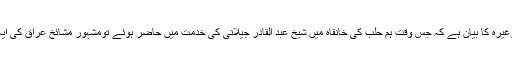
(قلائد الجواہر صفحہ55)چنانچہ ایسا ہی ہوا، حافظ ابو العز عبد المغیث وغیرہ کا بیان ہے کہ جس وقت ہم حلب کی خانقاہ میں شیخ عبد القادر جیلانیؒ کی خدمت میں حاضر ہوئے تومشہور مشائخ عراق کی ایک جماعت آپ کی مجلس میں موجود تھی اور آپ وعظ فرمارہے تھے۔